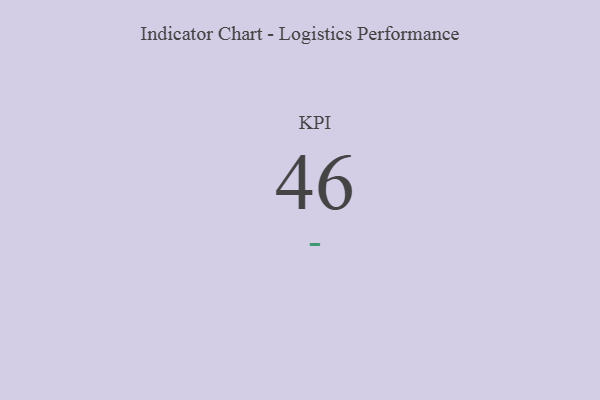
{"axis": {"x": "KPI", "y": "Value"}, "legend": [""], "data": [{"x": "KPI", "y": 46, "type": ""}]}